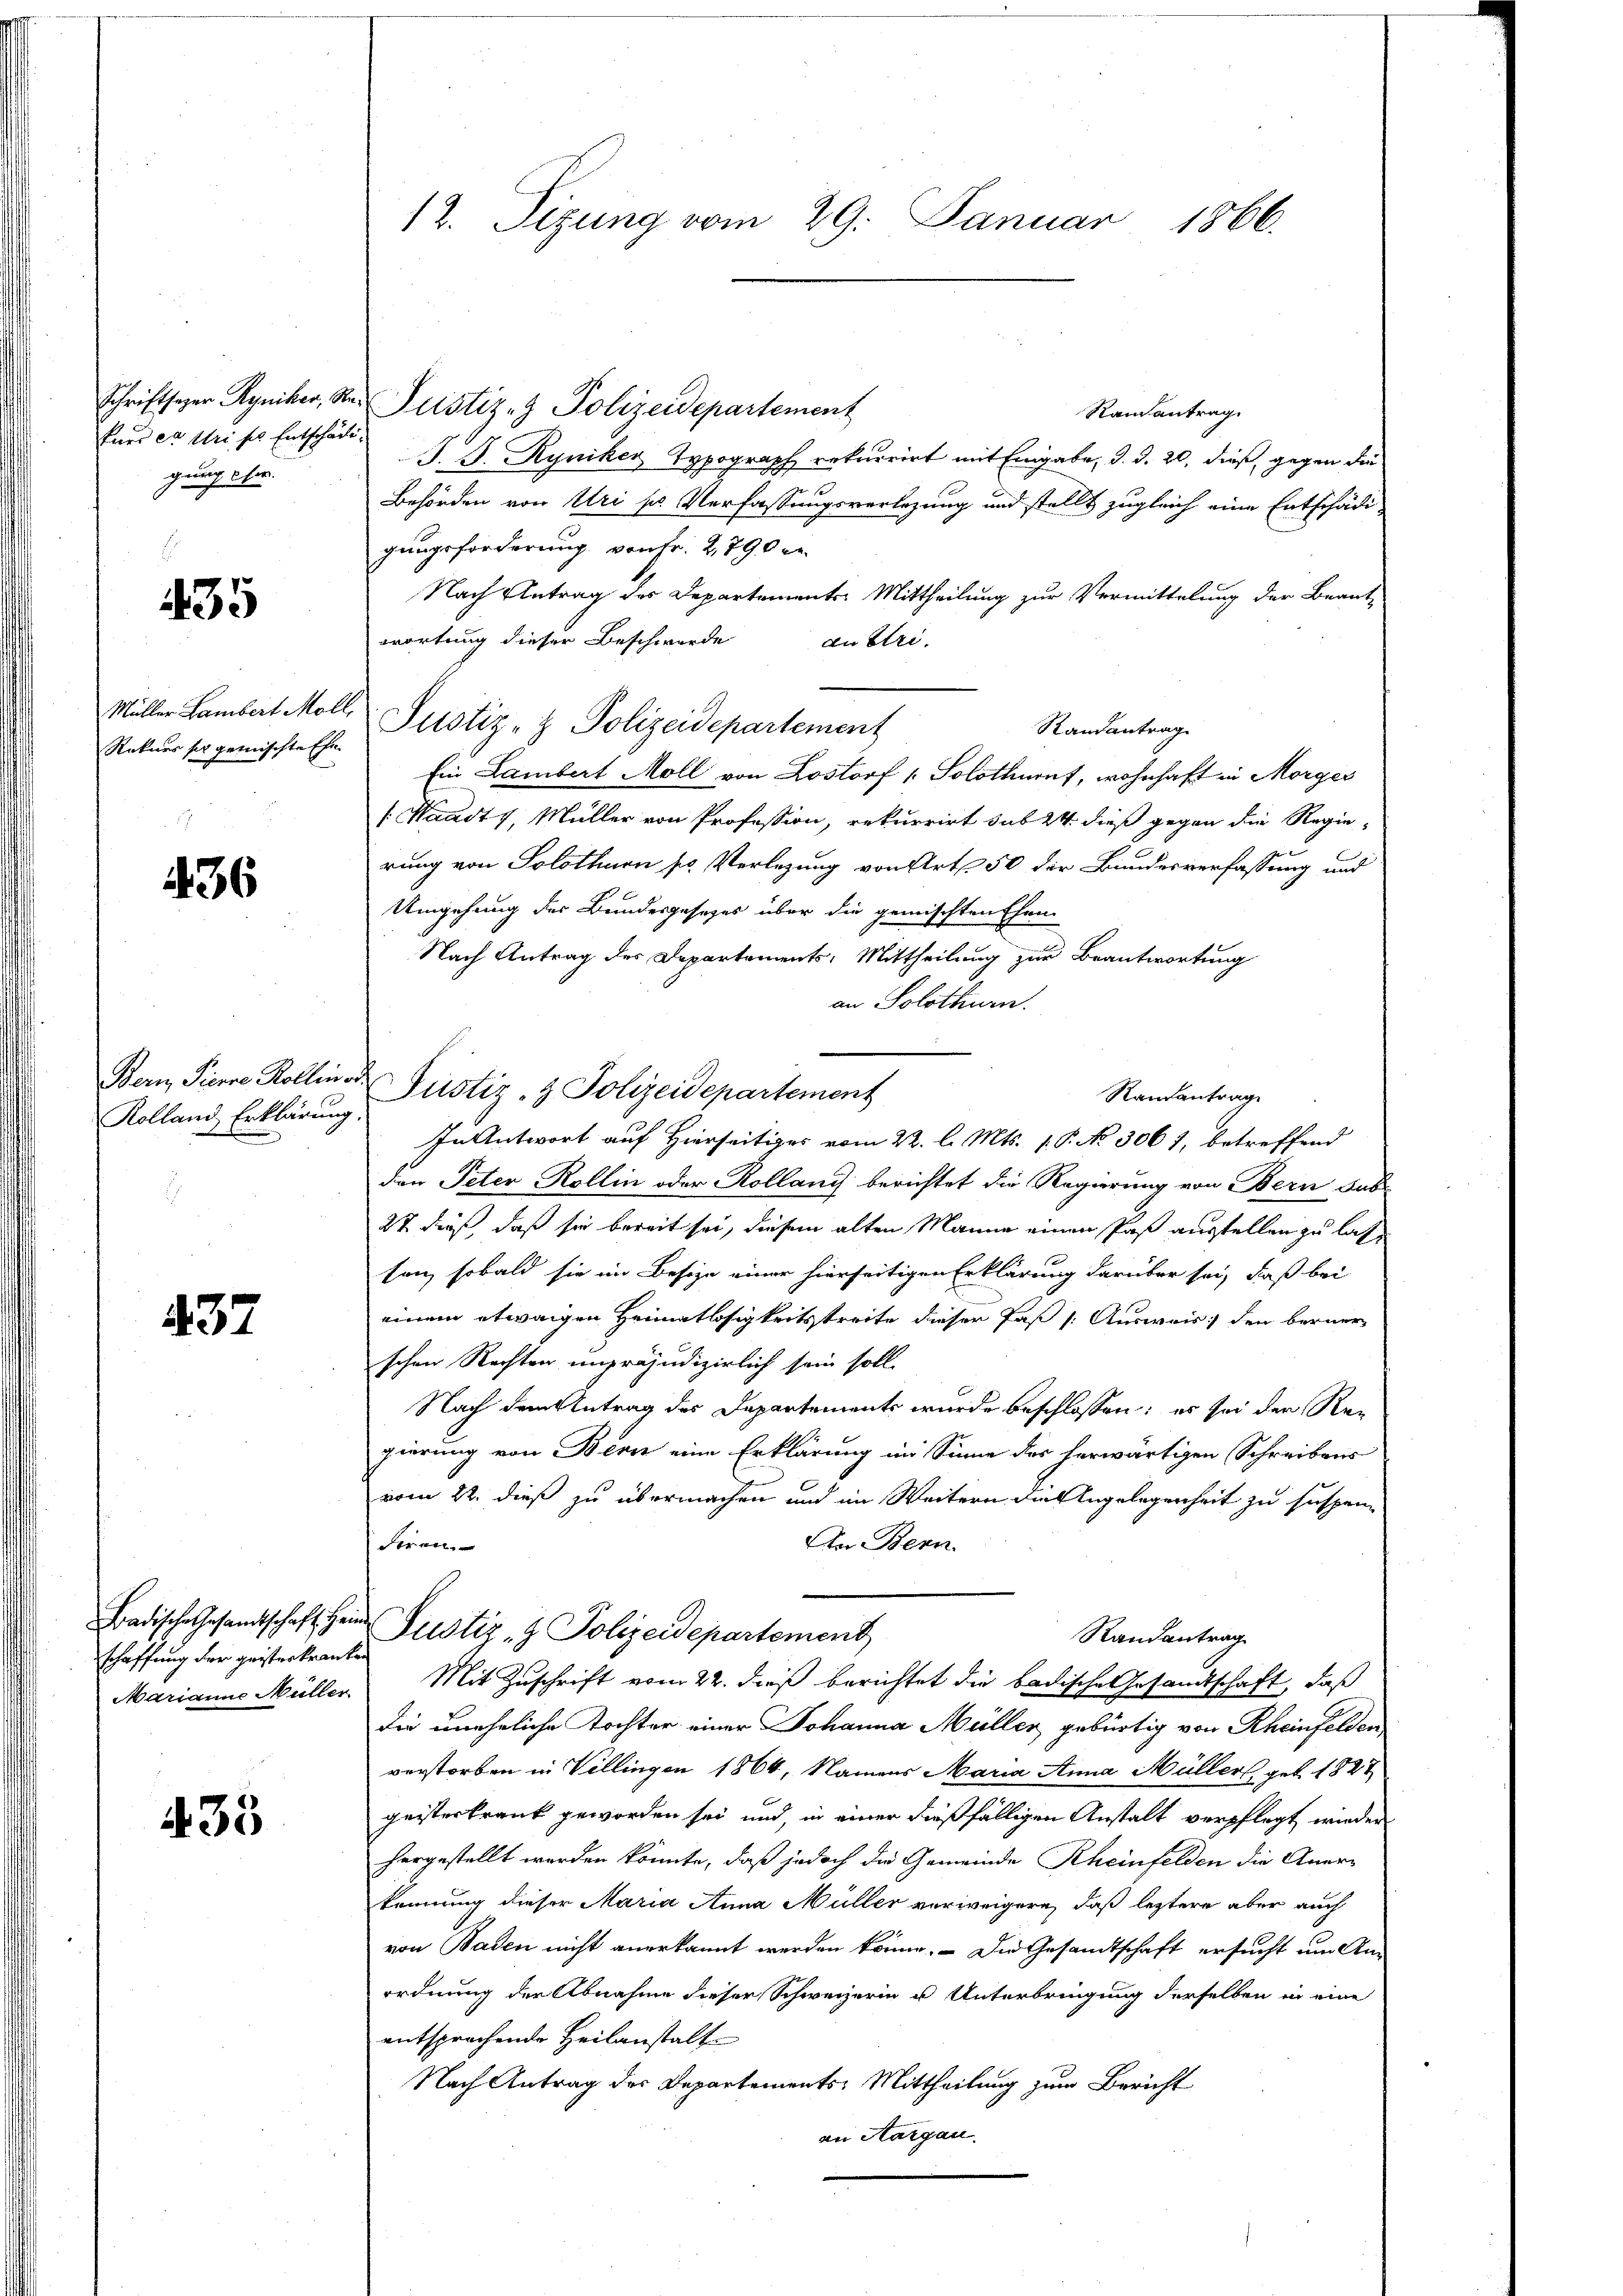
kurs er Weises Entschädigung der

435

Rekurs ser gemischte Ehe

436

Bern, Pierre Kolleinod
Rolland Erklärung.

437

schaffung der geisterkranken

433

Ranantrag
J. J. Ryniker Typograph rekurrirt mit Eingabe, d. d. 20. dieß, gegen die
Behörden von Uri s. Verfassungsverlegung und stellt zugleich eine Entschädi-
gungsforderung von Fr. 2,790 de
Nach Antrag des Departemente Mittheilung zur Vermittelung der Beant-
wortung dieser Beschwerde
dn stri
Müller Lambert Moll Justiz- & Polizeidepartement
Randantrag
Ein Lambert Moll von Lostorf (Solothurnt, wohnhaft in Morges
f. Waadt 1, Müller von Profession, rekurrirt sub 24. dieß gegen die Regie-
rung von Solothurn sr Verlegung von Art. 50 der Bundesverfassung und
Umgehung der Bundesgesetzes über die gemischten Ehen
Nach Antrag des Departements, Mittheilung zur Beantwortung
an Solothurn.
Justiz- & Polizeidepartement
Randantrage
In Antwort auf Hierseitiges vom 22. l. Mts. 1. P. No 3061, betreffend
den Peter Kollin oder Kolland berichtet die Regierung von Bern Sub-
27 dieß, daß sie bereit sei, diesem alten Manne einen Paß ausstellen zu lass
son, sobald sie im Besize einer hierseitigen Erklärung darüber sei, daß bei
einem etwaigen Heimatlosigkeitsstreite dieser Paß [ Ausweis; den berner
schen Rechten unpräjudizierlich sein soll.
Nach dem Antrag des Departements wurde beschlossen; es sei der Regierung von Bern eine Erklärung im Sinne des herwärtigen Schreibens
vom 22. dieß zu übermachen und im Weitern die Angelegenheit zu suspen-
diren.
An Bern.
Badische Gesandtschaft her Justiz & Polizeidepartement
Randantrag
Marianna Müller. Mit Zuschrift vom 22. dieß berichtet die badische Gesandtschaft, daß
die uneheliche Tochter einer Johanna Müller gebürtig von Rheinfelden
verstorben in Villingen 1864, Namens Maria Anna Müller geb. 1827
geisterkrank geworden sei und, in einer dießfälligen Anstalt verpflegt wieder
hergestellt werden könnte, daß jedoch die Gemeinde Rheinfelden die Anerkennung dieser Maria Anna Müller verweigern, daß leztere aber auch
von Baden nicht anerkannt werden könne. Die Gesandtschaft ersucht um Anordnung der Abnahme dieser Schweizerin u Unterbringung derselben in eine
entsprochende Heilanstalt
Nach Antrag des Departements-Mittheilung zum Bericht
an Aargau.

12. Sizung vom 29. Januar 1866.

Schriftscher Ryniker, der Justiz- & Polizeidepartement